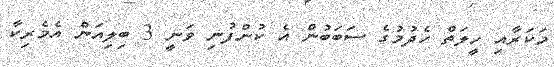
މަކަރާއި ހީލަތް ހެދުމުގެ ސަބަބުން އެ ކުންފުނި ވަނީ 3 ބިލިއަން އެމެރިކާ